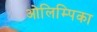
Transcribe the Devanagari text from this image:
ओलिम्पिका